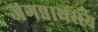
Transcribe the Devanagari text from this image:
जगन्नाथराय